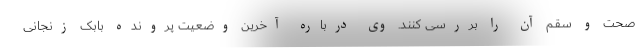
صحت و سقم آن را بررسی کنند. وی درباره آخرین وضعیت پرونده بابک زنجانی